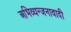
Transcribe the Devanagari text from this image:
अभिव्यन्जनावादी